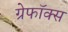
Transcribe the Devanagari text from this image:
ग्रेफॉक्स